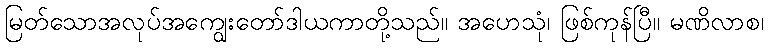
မြတ်သောအလုပ်အကျွေးတော်ဒါယကာတို့သည်။ အဟေသုံ၊ ဖြစ်ကုန်ပြီ။ မဏိလာစ၊